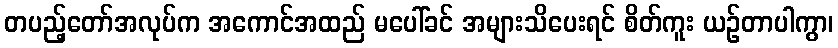
တပည့်တော်အလုပ်က အကောင်အထည် မပေါ်ခင် အများသိပေးရင် စိတ်ကူး ယဉ်တာပါကွာ၊